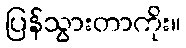
ပြန်သွားတာကိုး။